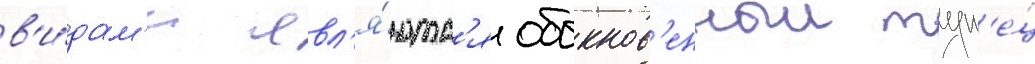
в'и́дам'и явл'я́ютс'я обыкнов'енныи тун'е́ц